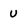
Character: U